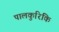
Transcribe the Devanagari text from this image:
पालकुरिकि